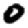
Digit: 0